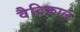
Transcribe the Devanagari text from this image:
वैदिकाल